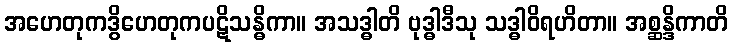
အဟေတုကဒွိဟေတုကပဋိသန္ဓိကာ။ အသဒ္ဓါတိ ဗုဒ္ဓါဒီသု သဒ္ဓါဝိရဟိတာ။ အစ္ဆန္ဒိကာတိ